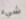
شيء